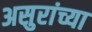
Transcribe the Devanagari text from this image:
असुरांच्या